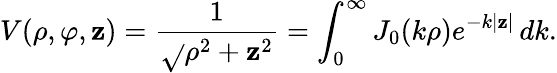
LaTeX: V(\rho,\varphi,\mathbf{z})={\frac{{1}}{{\sqrt{}{{\rho^{2}+\mathbf{z}^{2}}}}}}=\int_{0}^{\infty}J_{0}(k\rho)e^{-k|\mathbf{z}|}\, dk.